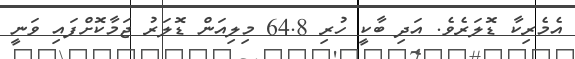
އެމެރިކާ ޑޮލަރެެވެ. އަދި ބާކީ ހުރި 64.8 މިލިއަން ޑޮލަރު ޖަމާކޮށްފައި ވަނީ